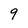
Character: 9